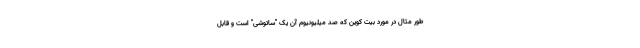
طور مثال در مورد بیت کوین که صد میلیونیوم آن یک "ساتوشی" است و قابل